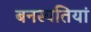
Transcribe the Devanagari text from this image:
बनस्पतियां